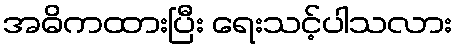
အဓိကထားပြီး ရေးသင့်ပါသလား